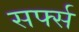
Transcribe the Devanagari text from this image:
सर्फ्स